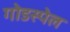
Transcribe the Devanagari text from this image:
गोडस्पेल